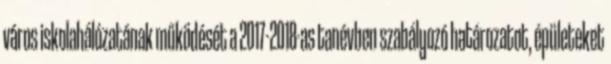
város iskolahálózatának működését a 2017-2018-as tanévben szabályozó határozatot, épületeket